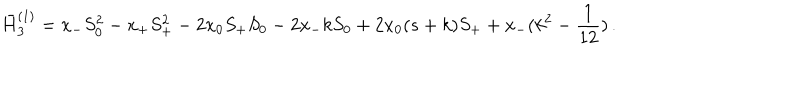
\bar { H } _ { 3 } ^ { ( 1 ) } = x _ { - } S _ { 0 } ^ { 2 } - x _ { + } S _ { + } ^ { 2 } - 2 x _ { 0 } S _ { + } S _ { 0 } - 2 x _ { - } k S _ { 0 } + 2 x _ { 0 } ( s + k ) S _ { + } + x _ { - } ( k ^ { 2 } - \frac { 1 } { 1 2 } ) \, .